Leaving Certificate, 1898
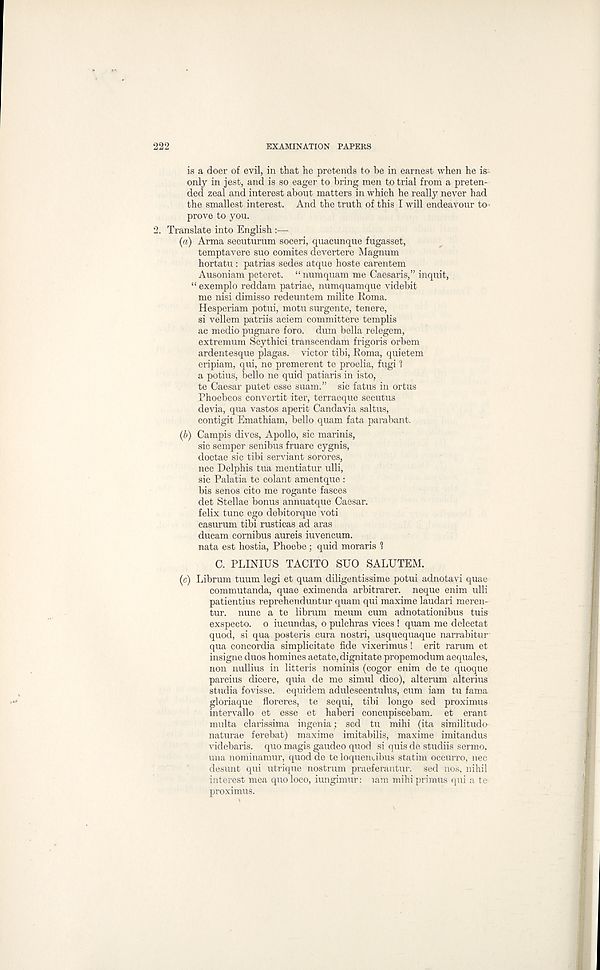
222
EXAMINATION PAPERS
is a doer of evil, in that he pretends to be in earnest when he is-
only in jest, and is so eager to bring men to trial from a preten-
ded zeal and interest about matters in which he really never had
the smallest interest. And the truth of this I will endeavour to-
prove to you.
2. Translate into English :—-
(a) Arma secuturum soceri, quacunque fugasset,
temptavere suo comites devertere Magnum
hortatu : patrias sedes atque hoste carentem
Ausoniam peteret. “ numquam me Caesaris,” inquit,
“ exemplo reddam patriae, numquamque videbit
me nisi dimisso redeuntem milite Roma.
Hesperiam potui, motu surgente, tenere,
si vellem patriis aciem committere templis
ac medio pugnare foro. dum bella relegem,
extremum Scythici transcendam frigoris orbem
ardentesque plagas. victor tibi, Roma, quietem
eripiam, qui, ne premerent te proelia, fugi r !
a potius, bello ne quid patiaris in isto,
te Caesar putet esse suam.” sic fatus in ortus
Phoebeos convertit iter, terraeque secutus
devia, qua vastos aperit Candavia saltus,
contigit Emathiam, bello quam fata parabant.
(b) Campis dives, Apollo, sic marinis,
sic semper senibus fruare cygnis,
doctae sic tibi serviant sorores,
nec Delphis tua mentiatur ulli,
sic Palatia te colant amentque :
bis senos cito me rogante fasces
det Stellae bonus annuatque Caesar,
felix tunc ego debitorque voti
casurum tibi rusticas ad aras
ducam cornibus aureis iuvencum.
nata est hostia, Phoebe ; quid moraris 1
C. PLINIUS TACITO SUO SALUTEM.
(c) Librum tuum legi et quam diligentissime potui adnotavi quae
commutanda, quae eximenda arbitrarer. neque enim ulli
patientius reprehenduntur quam qui maxime laudari meren-
tur. nunc a te librum meum cum adnotationibus tuis
exspecto. o iucundas, o pulchras vices ! quam me delectat
quod, si qua posteris cura nostri, usquequaque narrabitur
qua concordia simplicitate Me vixerimus! erit rarum et
insigne duos homines aetate, dignitate propemodum aequales,
non nullius in litteris nominis (cogor enim de te quoque
parcius dicere, quia de me simul dico), alterum alterius
studia fovisse. equidem adulescentulus, cum iam tu fama
gloriaque fioreres, te sequi, tibi longo sed proximus
intervallo et esse et haberi concupiscebam. et erant
multa clarissima ingenia; sed tu mihi (ita similitude
naturae ferebat) maxime imitabilis, maxime imitandus
videbaris. quo magis gaudeo quod si quis de studiis sermo,
una nominamur, quod de te loquendbus statim occurro, nec
desunt qui utrique nostrum praeferantur. sed nos, nihil
interest mea quo loco, iungimur: lam mihi primus qui a te
proximus.